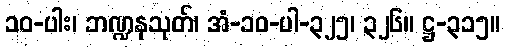
၁၀-ပါး၊ ဘဏ္ဍနသုတ်၊ အံ-၁၀-ပါ-၃၂၅၊ ၃၂၆။ ဋ္ဌ-၃၁၅။